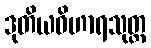
ဒုတိယဝိဟာရသုတ္တ